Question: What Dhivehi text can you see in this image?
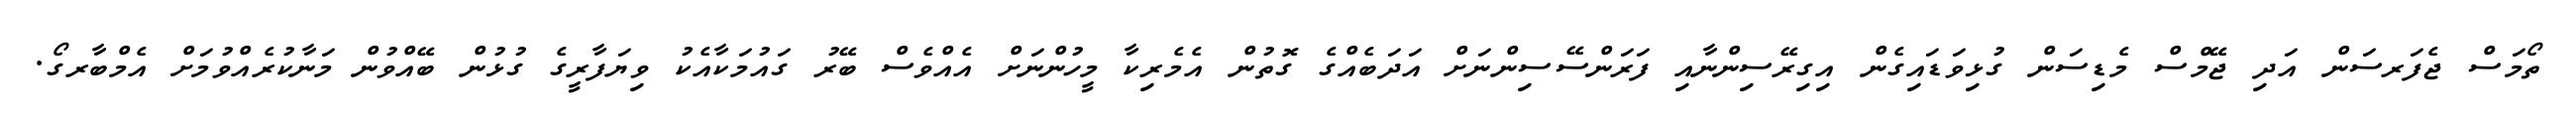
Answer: ތޯމަސް ޖެފަރސަން އަދި ޖޭމްސް މެޑިސަން ގުޅިވަޑައިގެން އިގިރޭސިންނާއި ފަރަންސޭސިންނަށް އަދަބެއްގެ ގޮތުން އެމެރިކާ މީހުންނަށް އެއްވެސް ބޭރު ގައުމަކާއެކު ވިޔަފާރީގެ ގުޅުން ބޭއްވުން މަނާކުރެއްވުމަށް އެމްބާރގޯ.